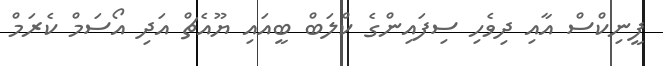
ފީނިކްސް އާއި ދިވެހި ސިފައިންގެ ކްލަބް ބީއައި ޔޫއެޗް އަދި އޯސަމް ކެރަމް